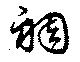
裯